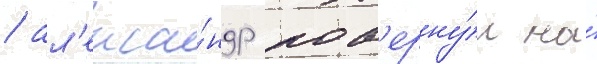
/ ал'екса́ндр пов'ерну́л на́